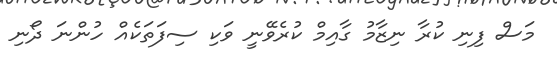
މަސް ފިނި ކުރާ ނިޒާމު ގާއިމް ކުރެވޭނީ ވަކި ސިފަތަކެއް ހުންނަ ދޯނި